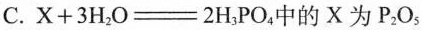
C.$$X+3H_{2}O=2H_{3}PO_{4}$$中的X为P_{2}O_{5}